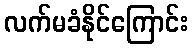
လက်မခံနိုင်ကြောင်း